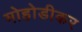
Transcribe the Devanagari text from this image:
मोहोडीकर